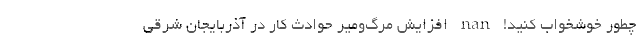
چطور خوشخواب کنید! nan افزایش مرگ‌ومیر حوادث کار در آذربایجان شرقی